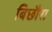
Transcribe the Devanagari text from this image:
बिछौरा